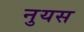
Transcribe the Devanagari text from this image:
नुयस